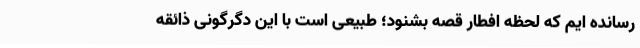
رسانده ایم که لحظه افطار قصه بشنود؛ طبیعی است با این دگرگونی ذائقه